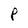
Character: P